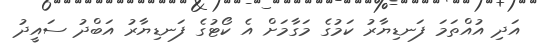
އަދި އުއްތަމަ ފަނޑިޔާރު ކަމުގެ މަގާމަށް އެ ކޯޓުގެ ފަނޑިޔާރު އަބްދު ސައީދު